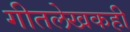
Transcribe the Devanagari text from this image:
गीतलेखकही